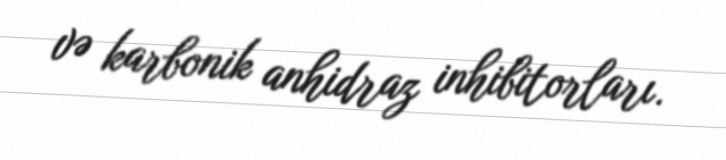
və karbonik anhidraz inhibitorları.